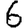
Digit: 6